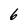
Character: 6